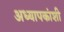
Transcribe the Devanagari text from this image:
अध्यापकांशी